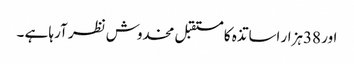
اور 38ہزار اساتذہ کا مستقبل مخدوش نظر آرہا ہے ۔